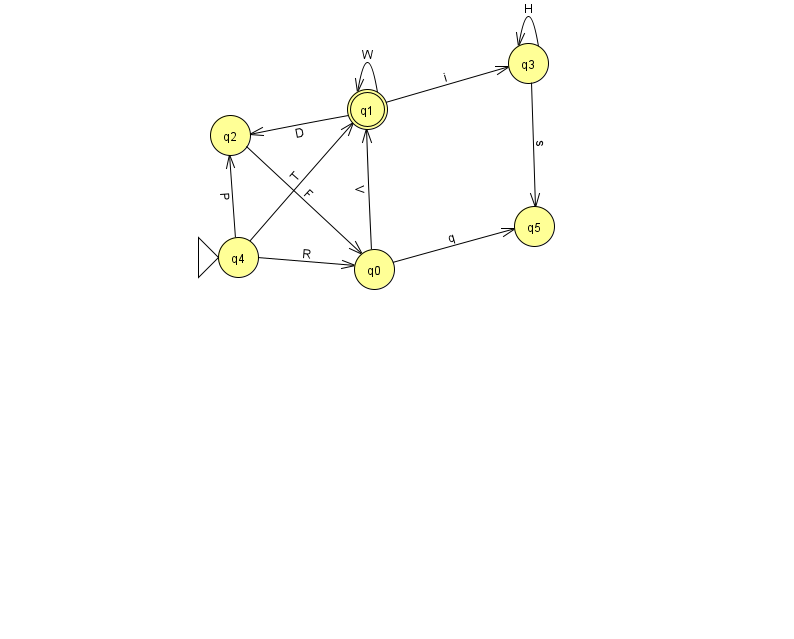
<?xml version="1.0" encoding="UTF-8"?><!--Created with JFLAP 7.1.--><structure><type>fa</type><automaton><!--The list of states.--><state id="0" name="q0"><x>374.0</x><y>256.0</y></state><state id="1" name="q1"><x>367.0</x><y>96.0</y><final/></state><state id="2" name="q2"><x>230.0</x><y>122.0</y></state><state id="3" name="q3"><x>528.0</x><y>50.0</y></state><state id="4" name="q4"><x>238.0</x><y>244.0</y><initial/></state><state id="5" name="q5"><x>534.0</x><y>213.0</y></state><!--The list of transitions.--><transition><from>1</from><to>2</to><read>D</read></transition><transition><from>4</from><to>1</to><read>T</read></transition><transition><from>0</from><to>5</to><read>q</read></transition><transition><from>4</from><to>2</to><read>P</read></transition><transition><from>1</from><to>1</to><read>W</read></transition><transition><from>0</from><to>1</to><read>V</read></transition><transition><from>3</from><to>3</to><read>H</read></transition><transition><from>4</from><to>0</to><read>R</read></transition><transition><from>1</from><to>3</to><read>i</read></transition><transition><from>2</from><to>0</to><read>F</read></transition><transition><from>3</from><to>5</to><read>s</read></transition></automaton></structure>